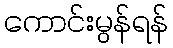
ကောင်းမွန်ရန်